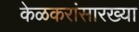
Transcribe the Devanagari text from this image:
केळकरांसारख्या